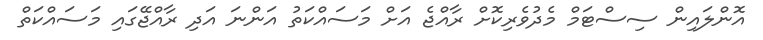
އޮންލައިން ސިސްޓަމް މެދުވެރިކޮށް ރާއްޖެ އަށް މަސައްކަތު އަންނަ އަދި ރާއްޖޭގައި މަސައްކަތް